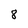
Character: 8